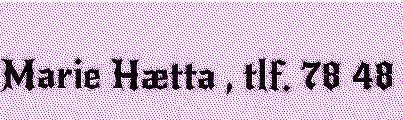
Marie Hætta , tlf. 78 48